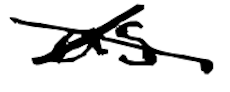
Text: as
Cross-out: cross
Writing tool: digital_black